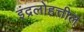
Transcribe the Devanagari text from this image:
इंद्रलोहत्तील